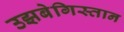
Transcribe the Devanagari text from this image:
उझबेगिस्तान